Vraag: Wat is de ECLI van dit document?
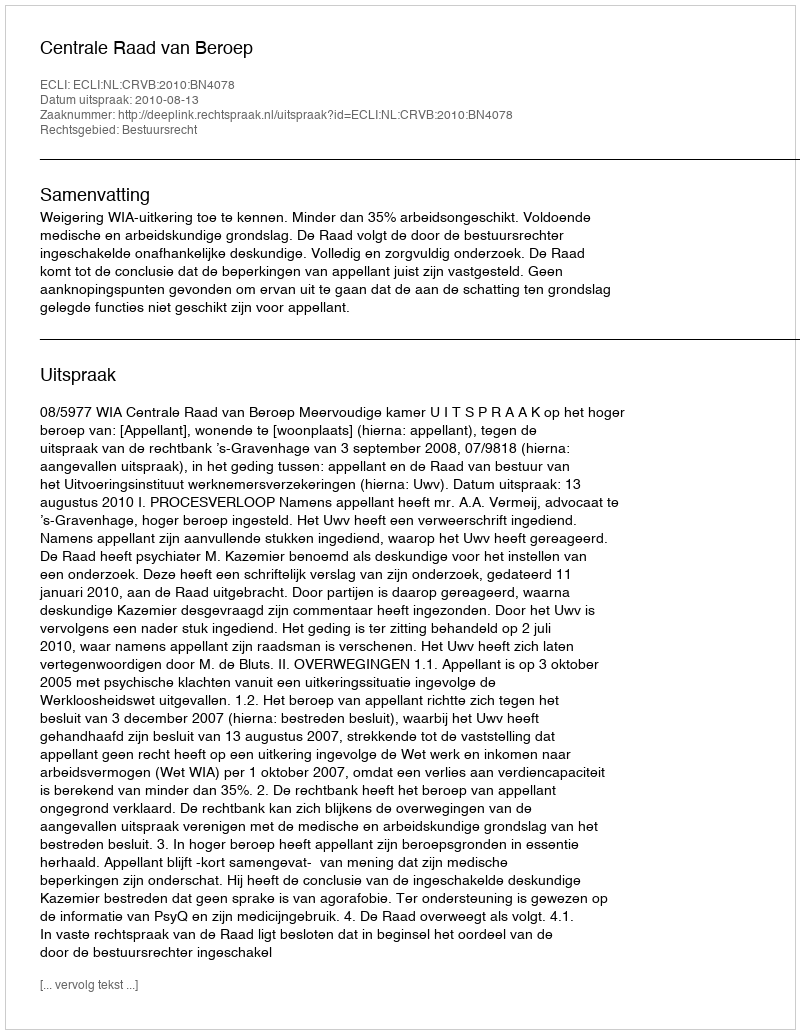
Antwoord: ECLI:NL:CRVB:2010:BN4078